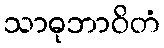
သာဓုဘာဝိတံ